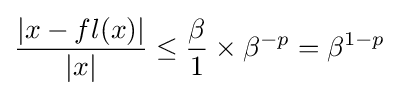
{\frac {|x-fl(x)|}{|x|}}\leq {\frac {\beta }{1}}\times \beta ^{-p}=\beta ^{1-p}